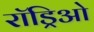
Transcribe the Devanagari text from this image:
रॉड्रिओ